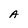
Character: A